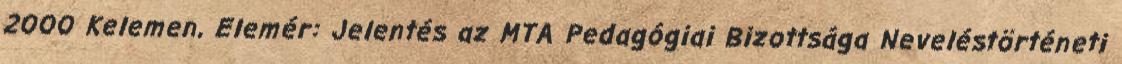
2000 Kelemen, Elemér: Jelentés az MTA Pedagógiai Bizottsága Neveléstörténeti